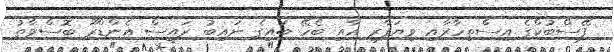
ފޭސްބުކްގެ އިސްތިހާރާއި ވިޔަފާރި އާއި ބެހޭ ބައިގެ ނައިބު ރައީސް އެންޑްރޫ ބޮސްވާތު